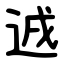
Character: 䢕